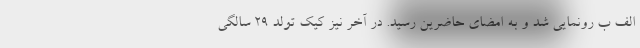
الف ب رونمایی شد و به امضای حاضرین رسید. در آخر نیز کیک تولد ۲۹ سالگی